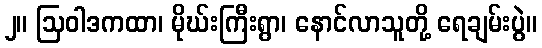
၂။ ဩဝါဒကထာ၊ မိုဃ်းကြီးရွာ၊ နောင်လာသူတို့ ရေချမ်းပွဲ။